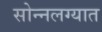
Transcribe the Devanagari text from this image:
सोन्नलग्यात